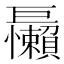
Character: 𱜝